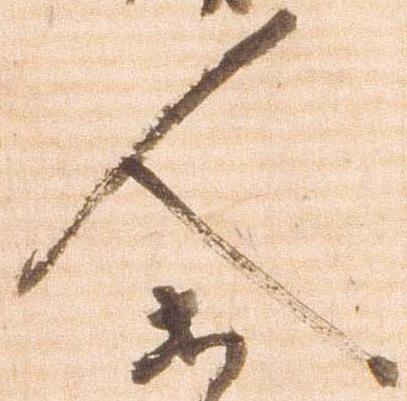
人